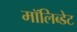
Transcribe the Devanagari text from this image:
मॉलिब्डेट